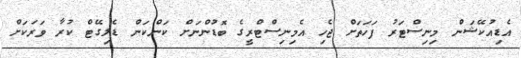
އެޑިއުކޭޝަން މިނިސްޓަރު ފަހަތަށް ޖެހި އެމިނިސްޓްރީގެ ބޮޑުންނަށް ކަންކަން ޑެލިގޭޓް ކުރާ ވަރަކަށް